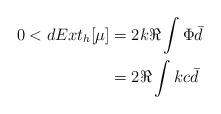
LaTeX: \begin{align*}0< dExt_h [\mu] &= 2 k \Re \int \Phi \bar{d}\\ &= 2 \Re \int kc \bar{d}\end{align*}